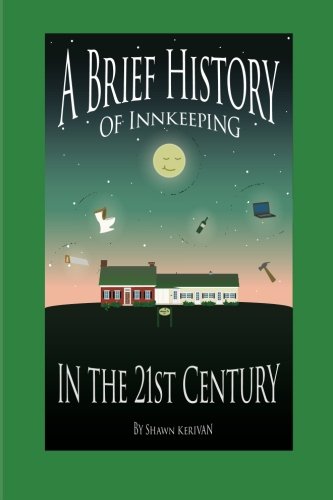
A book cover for A Brief History of Innkeeping in the 21st Century; Shawn Kerivan; Travel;